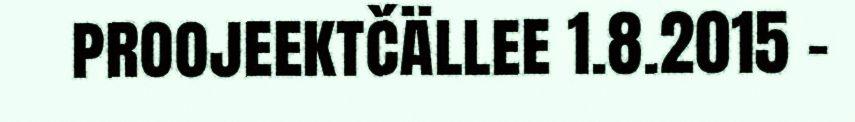
proojeektčällee 1.8.2015 -